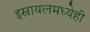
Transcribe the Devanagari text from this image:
इस्रायलमध्येही